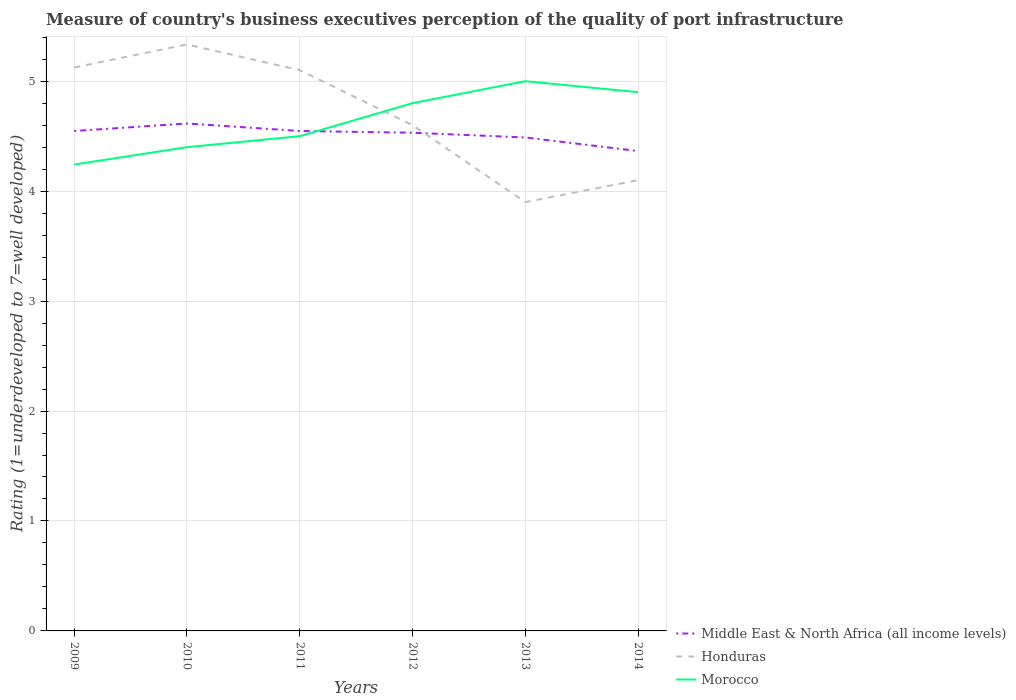
| Years | Middle East & North Africa (all income levels) | Honduras | Morocco |
 | --- | --- | --- | --- |
 | 2009 | 4.55 | 5.12 | 4.24 |
 | 2010 | 4.62 | 5.33 | 4.4 |
 | 2011 | 4.55 | 5.1 | 4.5 |
 | 2012 | 4.53 | 4.6 | 4.8 |
 | 2013 | 4.49 | 3.9 | 5 |
 | 2014 | 4.36 | 4.1 | 4.9 |